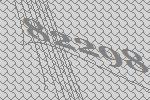
82298